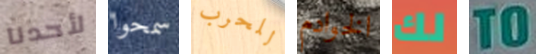
لأحدنا سمحوا للحرب الخوادم لك TO